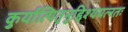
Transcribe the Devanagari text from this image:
कुर्यात्पितृनुद्दिश्ययत्नतः